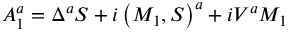
{ \cal A } _ { 1 } ^ { a } = \Delta ^ { a } S + i \left( M _ { 1 } , S \right) ^ { a } + i V ^ { a } M _ { 1 }